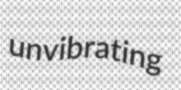
unvibrating